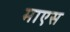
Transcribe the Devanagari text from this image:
माएस